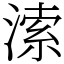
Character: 溹